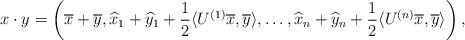
LaTeX: \begin{align*}x \cdot y = \left( \overline{x} + \overline{y}, \widehat{x}_{1} + \widehat{y}_{1} + \frac{1}{2} \langle U^{(1)}\overline{x}, \overline{y}\rangle, \ldots, \widehat{x}_{n} + \widehat{y}_{n} + \frac{1}{2} \langle U^{(n)}\overline{x}, \overline{y}\rangle \right),\end{align*}